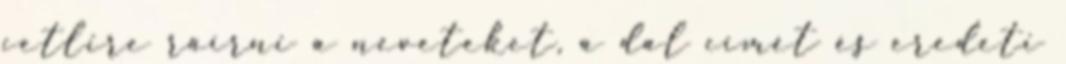
cetlire ráírni a neveteket, a dal címét és eredeti